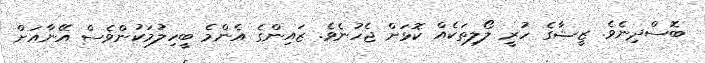
ބޮސްދިނެވެ. ޒީޝާގެ ހުރީ ލޯލިތަކެއް ކޮޅަށް ޖެހުނެވެ. ޒައިންގެ އެންމެ ބީހިލުމަކުންވެސް އޭނާއަށް